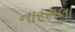
નારસલા